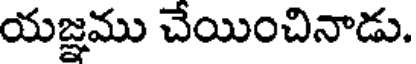
యజ్ఞము చేయించినాడు.